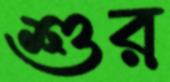
শুর